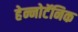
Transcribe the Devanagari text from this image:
हेन्नोटॅनिक